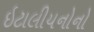
ઇટાલીયનોનો